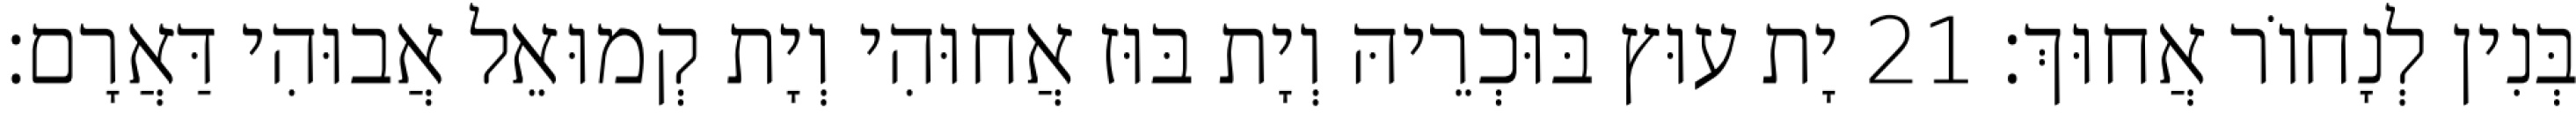
בְּנִין לְנָחוֹר אֲחוּךְ׃ 21 יָת עוּץ בּוּכְרֵיהּ וְיָת בּוּז אֲחוּהִי וְיָת קְמוּאֵל אֲבוּהִי דַּאֲרָם׃